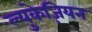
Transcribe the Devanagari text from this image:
ल्युकेज़ियन